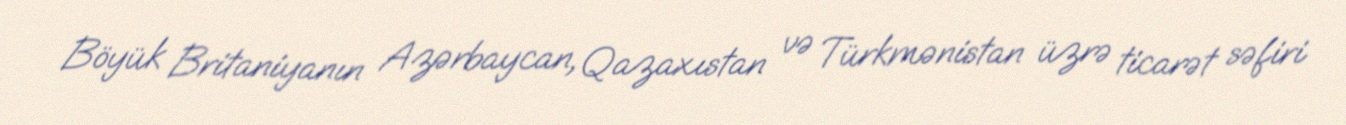
Böyük Britaniyanın Azərbaycan, Qazaxıstan və Türkmənistan üzrə ticarət səfiri